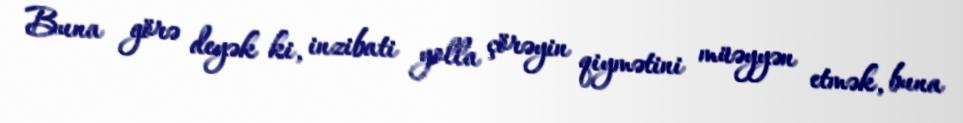
Buna görə deyək ki, inzibati yolla çörəyin qiymətini müəyyən etmək, buna